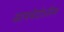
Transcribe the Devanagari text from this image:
सामवेदोऽस्मि